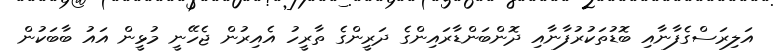
އަލިރަސްގެފާނާއި ބޮޑުތަކުރުފާނާއި ދޮންބަންޑާރައިންގެ ދަރީންގެ ތާރީހު އެއިރުން ޖެހޭނީ މުޅީން އައު ބާބަކުން